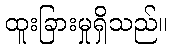
ထူးခြားမှုရှိသည်။